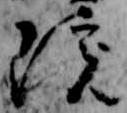
院